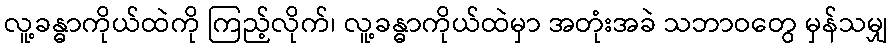
လူ့ခန္ဓာကိုယ်ထဲကို ကြည့်လိုက်၊ လူ့ခန္ဓာကိုယ်ထဲမှာ အတုံးအခဲ သဘာဝတွေ မှန်သမျှ